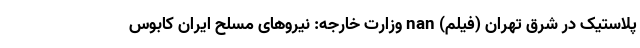
پلاستیک در شرق تهران (فیلم) nan وزارت خارجه: نیروهای مسلح ایران کابوس